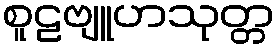
စူဠဗျူဟသုတ္တ